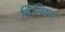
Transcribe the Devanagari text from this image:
दिनियार